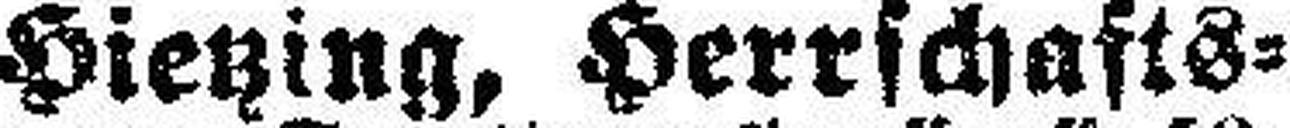
Hietzing, Herrschafts¬